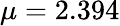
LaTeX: \mu=2.394